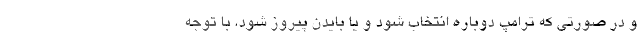
و در صورتی که ترامپ دوباره انتخاب شود و یا بایدن پیروز شود، با توجه